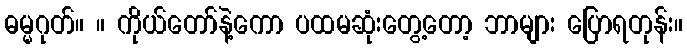
ဓမ္မဂုတ်။ ။ ကိုယ်တော်နဲ့ကော ပထမဆုံးတွေ့တော့ ဘာများ ပြောရတုန်း။